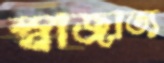
স্বাজাত্য